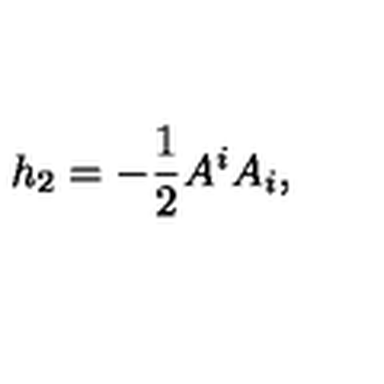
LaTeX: h _ { 2 } = - \frac { 1 } { 2 } A ^ { i } A _ { i } ,